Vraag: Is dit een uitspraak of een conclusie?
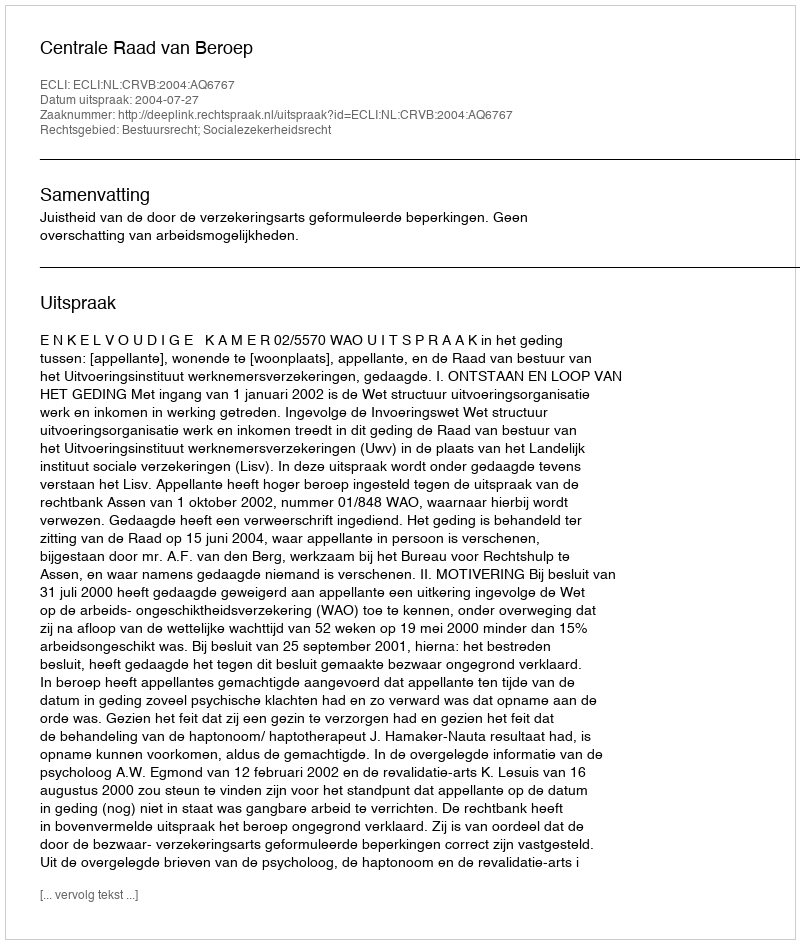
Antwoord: Uitspraak